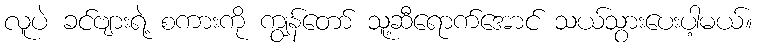
လူပဲ ခင်ဗျားရဲ့ စကားကို ကျွန်တော် သူ့ဆီရောက်အောင် သယ်သွားပေးပါ့မယ်။